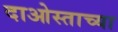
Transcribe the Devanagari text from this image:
दाओस्ताच्या